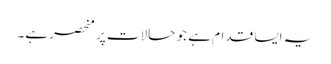
یہ ایسا قدام ہے جو حالات پر منحصر ہے۔